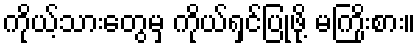
ကိုယ့်သားတွေမှ ကိုယ်ရှင်ပြုဖို့ မကြိုးစား။